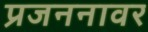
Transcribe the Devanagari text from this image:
प्रजननावर